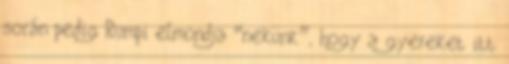
során pedig Rumpi elmondja “nekünk”, hogy a gyereket itt